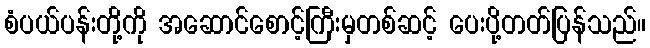
စံပယ်ပန်းတို့ကို အဆောင်စောင့်ကြီးမှတစ်ဆင့် ပေးပို့တတ်ပြန်သည်။